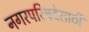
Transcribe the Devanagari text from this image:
नगरपरिषदेसाठी